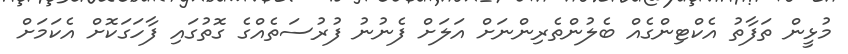
މުޅީން ތަފާތު އެކްޓިންގެއް ބެލުންތެރިންނަށް އަލަށް ފެނުނު ފުރުސަތެއްގެ ގޮތުގައި ފާހަގަކޮށް އެކަމަށް